Medical and sanitary report of the native army of Bengal for the year
Year: 1876
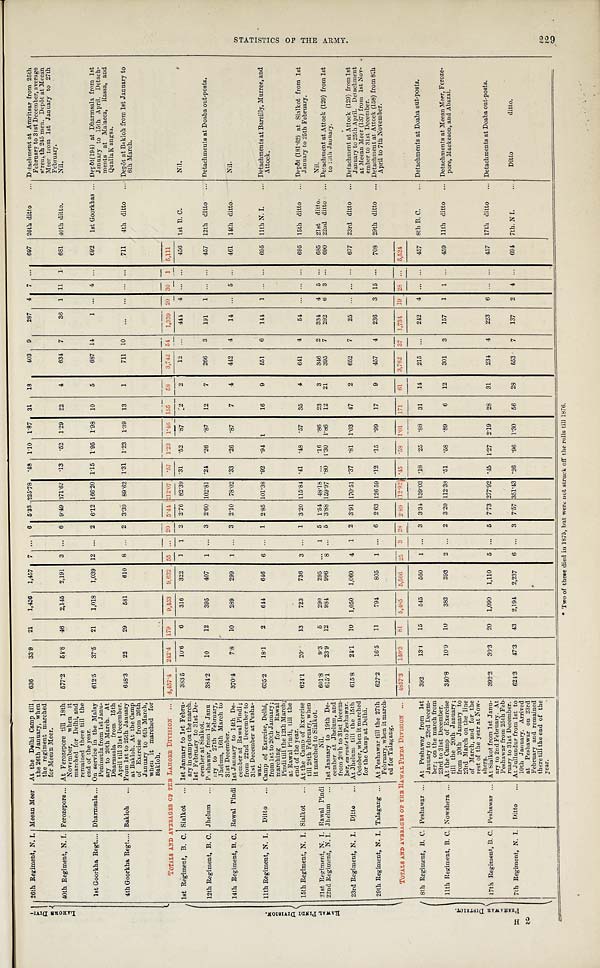
H 2
L A H O R R D I V I - 26th Regiment, N. I. Meean Meer At the Delhi Camp till
the 26th January, when
the regiment marched
for Meean Meer.
636
33. 9 21 1,436 1,457 7 . . .
6
5 . 3 3
225.78 .48 1.10 1.87 31 18
403 9 287 4 7 . . . 697 26th ditto ... Detachment at Amritsar from 25th
February to 31st December, average
strength 245 men. Depôt at Meean
Meer from 1st January to 27th
February.
40th Regiment, N. I. Ferozepore ... At Ferozepore till 18th
November, when it
marched for Delhi, and
remained there till the
end of the year.
577.2 54. 8 46 2,145 2,191 3 . . . 6 9.49 371.62 . 1 3 .52 1.29 22 4
634 7
36 1 11 1 681 40th ditto.
Nil.
1st Goorkha Regt .... Dharmsala ... On service in the Malay
Peninsula from 1st Janu-
ary to 20th March. At
Dharmsala from 15th
April till 31st December.
612.5 37. 5 21 1,018 1,039 12 . . . 2 6.12 166.20 1.15 1.95 1.98 10 5
687 14
1 . . . 4
. . .
692 1st Goorkhas ... Depôt(194) at Dharmsala from 1st
January to 15th April. Detach-
ments at Malacca, Rassa, and
QuallaK angsa.
4th Goorkha Regt.... Bakloh ... From 1st to 25th January
at Bakloh. At the Camp
of Exercise from 26th
January to 6th March,
when it marched for
Bakloh.
648. 3 22
29
581 610 8 . . . 2 3.39 89.62 1.31 1.23 1.39 13 1
711 10
. . . . . . . . . . . .
7 1 1 4th ditto ... Depôt at Bakloh from 1st January to
6 t h M a r c h .
TOTALS AND AVERAGES OF THE LAHORE DIVISION
4 , 4 5 7 . 4
242. 4 179
9,453
9 , 6 3 2 55 . . . 20 5.44
2 1 2 . 0 7 .57 1.23
1 . 4 6 1 5 5 5 8 3,742 54 1,339 20 30 1 5,111
R A W A L P I N D I D I V I S I O N .
1st Regiment, B. C. Sialkot ... 1st January to 1st Febru-
ary in camp on the march.
1st February to 31st De-
cember at Sialkot.
383.5
10. 6
6 316 322
1 1 -2 2.76 82.39 .31 .52 .87 2 2
12
. . . 444 4 . . . . . . 456 1st B. C.
Nil.
12th Regiment, B. C. Jhelum ... Peshawar, from 1st Janu
ary to 27th February,
Jhelum, 16th March to
31st December.
384.2
10
12 395 407 1 . . . 3 2.60 102.81 .24 .26
. 8 7 12 7 266 3 191 1 . . . . . .
457 12th ditto ... Detachments at Doaba out-posts.
14th Regiment, B. C. Rawal Pindi 1st January to 14th De-
cember at Rawal Pindi ;
from 22nd December to
31st December at Pesha-
war.
370.4
7. 8 10 289 299 1 . . . 3 2.10 78.02 .33 .26 .87 7 4 442 4 14 . . . 5
. . .
461 14th ditto.
Nil.
11th Regiment, N. I. Ditto ... Camp of Exercise, Delhi,
from 1st to 20th January;
marching for Rawal
Pindi till the 12th March;
at Rawal Pindi, till the
end of the year.
635. 2
18. 1
2 644 646 6 . . . 1 2.85 101.38 .92 .94 1
16 9 551 6 144 1
. . .
. . . 695 11th N. I.
Detachments at Bareilly, Murree, and
Attock.
15th Regiment, N. I. Sialkot ... At the Camp of Exercise
till 28th February, when
it marched to Sialkot.
624.1 20. 13 723 736 3 . . . 1 3.20 115.84 .41 .48 .57 35 4 641 4 54
. . . . . . . . . 695 15th ditto ... Depôt (181.62) at Sialkot from 1st
January to 25th February.
21st Regiment, N. I. Rawal Pindi
Nil.
601.8
9.3 5 290 295
. . . 1 5 1.54 48.18 . . . .16 .86 23 3 346 2 334 4 5 . . . 685 21st ditto.
Nil.
22nd Regiment, N. I. Jhelum ... 1st January to 19th De-
umber at Jhelum, and
from 20th to 31st Decem-
ber, en route to Peshawar.
615. 1
23. 9 12 984 996 8 . . . 5 3.88 159.97 .80 1.30 1.86 12 21 395 7 292 6 3 . . . 690 22nd ditto ... Detachment at Attock (129) from 1st
to 13th January.
23rd Regiment, N. I. Ditto ... At Jhelum till the 15th
October, when it marched
for the Camp at Delhi.
615.8 24.1 10 1,050 1,060 4 1 2 3.91 170.51 . 3 7 .81 1.03 47 2 652 7 25 . . . . . . . . . 677 23rd ditto ... Detachment at Attock (129) from 1st
January to 25th April. Detachment
at Meean Meer (137) from 1st Nov-
ember to 31st December.
29th Regiment, N. I. Talagang ... At Peshawar till the 27th
February, when it march-
ed for Talagang.
627.2 16. 5 11 794 805 1 . . . 6 2.63 126.59 . 1 2 .15 .99 17 9 457 4 236 3 15 . . . 708 29th ditto ... Detachment at Attock (158) from 8th
April to 7th November.
TOTALS AND AVERAGES OF THE RAWAL PINDI DIVISION
4857.3
1 4 0 . 3
8 1 5, 485 5,566 25 3 2 8 2.89
1 1 2 . 9 2 . 4 5
. 5 8
1 . 0 1 1 7 1 61 3, 762 37 1,734
1 9 2 8 . . .
5 , 5 2 4
P R S H A W A R D I S T R I C T . 8th Regiment, B. C. Peshawar ... At Peshawar from 1st
January to 23rd Decem-
ber; on the march from
23rd to 31st December.
392
13.1 15 545 560 1 . . . 3 3.34 1 3 9 . 0 3
.18 .25 .88 -31 14 215 . . . 242 4 . . .
. . . 457 8th B. C.
... Detachments at Doaba out-posts.
11th Regiment, B. C. Nowshera ... At the Camp of Exercise
till the 20th January;
from 20th January to
23rd March on the line
of March, and for the
rest of the year at Now-
shera.
340.8 10. 9 10 383 393 2 . . . 2 3.20 112.38 .51 .58 .89 6 12 301 3 157 1 1
. . .
459 11th ditto ... Detachments at Meean Meer, Feroze-
pore, Mackeson, and Abazai.
17th Regiment, B. C. Peshawar ... At Sialkot from 1st Janu-
ary to 2nd February. At
Peshawar from 25th Feb-
ruary to 31st December.
392.2 30. 3 20 1,090 1,110 5 . . . 5 7.73 277.92 .45 1.27 2.19 28 31 234 4 223 6 . . .
. . .
457 17th ditto ... Detachments at Doaba out-posts.
7th Regiment, N. I. Ditto ... At Jullundur from 1st to
10th January. Arrived
at Peshawar on 23rd
February and remained
there till the end of the
year.
624.3 47. 3 43 2,194 2,237 6
. . .
3 7.57
3 5 1 . 4 3 .26 .96 1.30 56 2 8
553 7 137 2 4
. . .
694 7th. NI.
Ditto
ditto.
* T w o o f t h e s e d i e d i n 1 8 7 5 , b u t w e r e n o t s t r u c k o f f t h e r o l l s t i l l 1 8 7 6 .
STATISTICS OF THE ARMY. 229